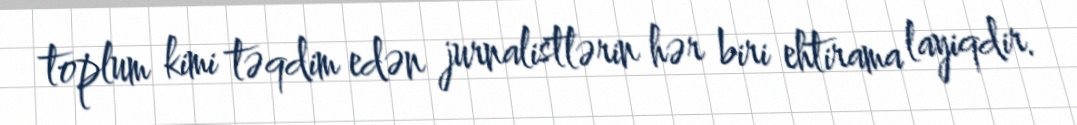
toplum kimi təqdim edən jurnalistlərin hər biri ehtirama layiqdir.